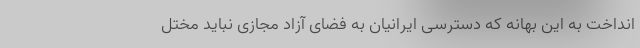
انداخت به این بهانه که دسترسی ایرانیان به فضای آزاد مجازی نباید مختل